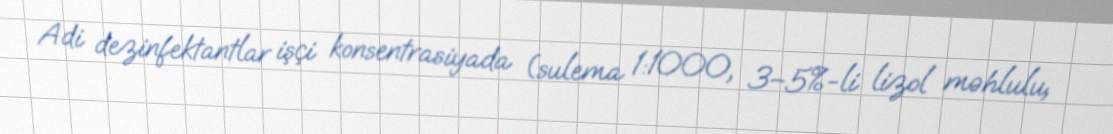
Adi dezinfektantlar işçi konsentrasiyada (sulema 1:1000, 3–5%-li lizol məhlulu,